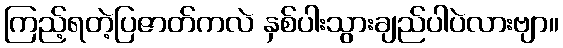
ကြည့်ရတဲ့ပြဇာတ်ကလဲ နှစ်ပါးသွားချည်ပါပဲလားဗျာ။